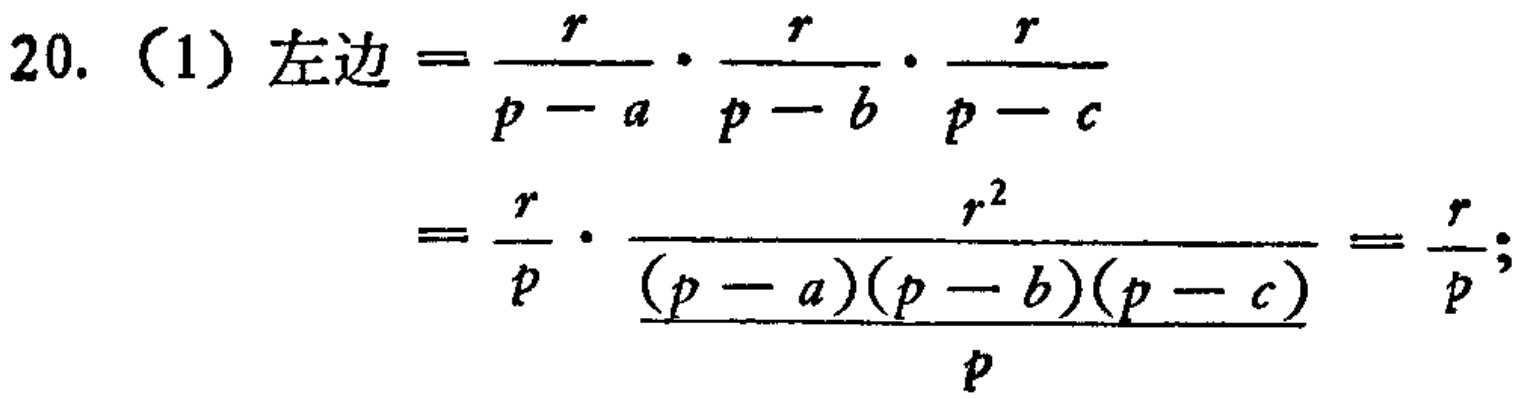
20. （1）左边$=\frac{r}{p - a}\cdot\frac{r}{p - b}\cdot\frac{r}{p - c}$
$=\frac{r}{p}\cdot\frac{r^{2}}{\frac{(p - a)(p - b)(p - c)}{p}}=\frac{r}{p};$